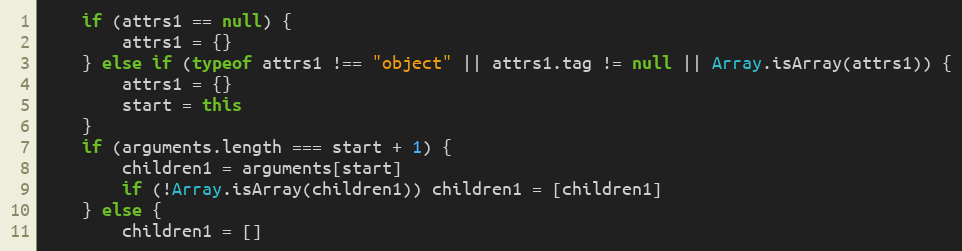
Language: JavaScript
	if (attrs1 == null) {
		attrs1 = {}
	} else if (typeof attrs1 !== "object" || attrs1.tag != null || Array.isArray(attrs1)) {
		attrs1 = {}
		start = this
	}
	if (arguments.length === start + 1) {
		children1 = arguments[start]
		if (!Array.isArray(children1)) children1 = [children1]
	} else {
		children1 = []